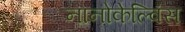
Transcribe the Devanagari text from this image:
नानोकेल्विंस